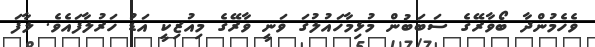
ވެހެމުންދާ ބޯވާރޭގެ ސަބަބުން މުޅިމާހައުލުގަ ވަނީ ވާރޭގެ މިއުޒިކީ އަޑު ހަރުލާފައެވެ. ލާފަ